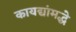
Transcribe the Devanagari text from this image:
कायद्यांमद्धे